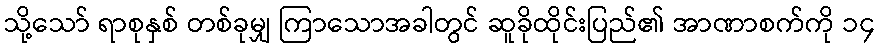
သို့သော် ရာစုနှစ် တစ်ခုမျှ ကြာသောအခါတွင် ဆူခိုထိုင်းပြည်၏ အာဏာစက်ကို ၁၄